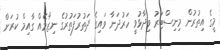
މީގެ އިތުރުން މިނިސްޓަރު ވިދާޅުވީ ހަރުދަނާ ވައިގެ ދަތުރުފަތުރުގެ ނިޒާމެއް ގާއިމް ކުރަން